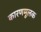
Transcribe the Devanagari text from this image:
कारणमूलक